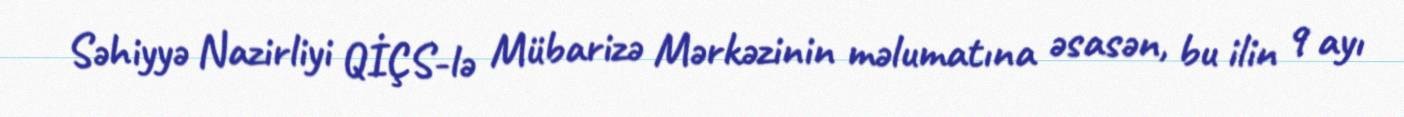
Səhiyyə Nazirliyi QİÇS-lə Mübarizə Mərkəzinin məlumatına əsasən, bu ilin 9 ayı